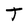
Character: T